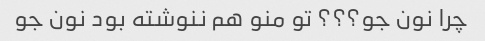
چرا نون جو؟؟؟ تو منو هم ننوشته بود نون جو